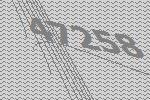
47258